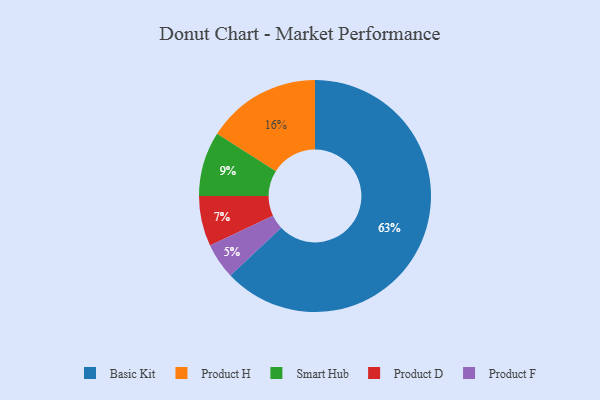
{"axis": {"x": "Category", "y": "Percentage"}, "legend": ["Basic Kit", "Product D", "Product F", "Product H", "Smart Hub"], "data": [{"x": "Product D", "y": 7, "type": "Product D"}, {"x": "Product F", "y": 5, "type": "Product F"}, {"x": "Basic Kit", "y": 63, "type": "Basic Kit"}, {"x": "Smart Hub", "y": 9, "type": "Smart Hub"}, {"x": "Product H", "y": 16, "type": "Product H"}]}